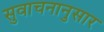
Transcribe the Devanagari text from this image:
सुवाचनानुसार